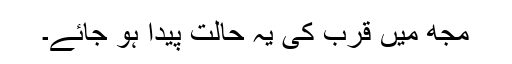
مجھ میں قرب کی یہ حالت پیدا ہو جائے۔